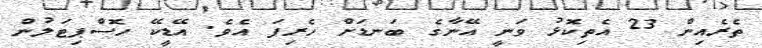
ތެރެއިން 23 އެތިކޮޅު ވަނީ އޭނާގެ ބަނޑަށް ހެރިފަ އެވެ. އޭޑީކޭ ހޮސްޕިޓަލުން